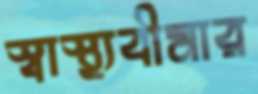
স্বাস্থ্যবীমার